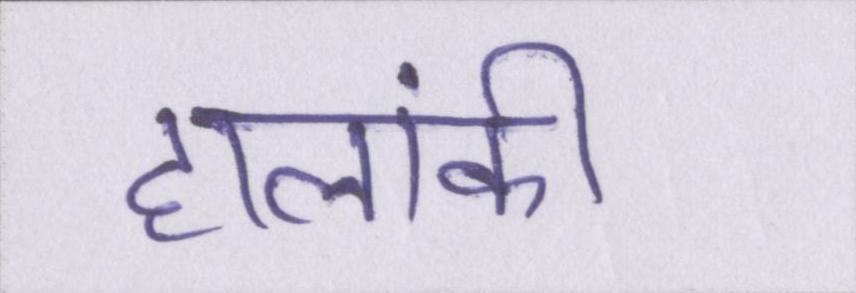
हालांकी